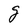
Character: g